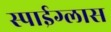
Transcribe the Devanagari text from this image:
स्पाईग्लास